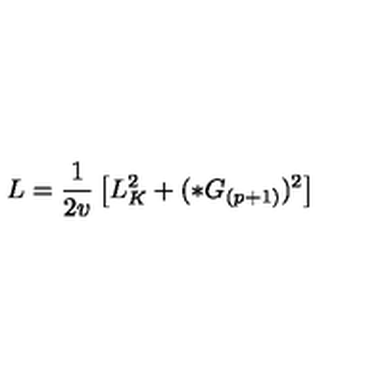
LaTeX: L = \frac { 1 } { 2 v } \left[ L _ { K } ^ { 2 } + ( * G _ { ( p + 1 ) } ) ^ { 2 } \right]